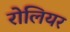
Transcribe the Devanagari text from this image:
रोलियर